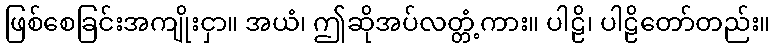
ဖြစ်စေခြင်းအကျိုးငှာ။ အယံ၊ ဤဆိုအပ်လတ္တံ့ကား။ ပါဠိ၊ ပါဠိတော်တည်း။